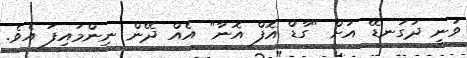
ވަނީ ދަގަނޑޭ އަށް "ގާޑް އޮފް އޮނާ" އެއް ދޭން ނިންމައިފަ އެވެ.